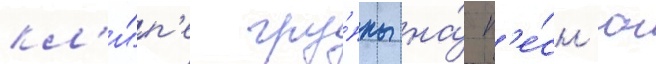
кл'и́п'е гру́ппы на́ п'е́сн'ю